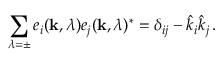
\sum _ { \lambda = \pm } e _ { i } ( { \bf k } , \lambda ) e _ { j } ( { \bf k } , \lambda ) ^ { \ast } = \delta _ { i j } - \hat { k } _ { i } \hat { k } _ { j } \, .